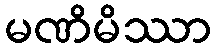
မဏိမိဿာ